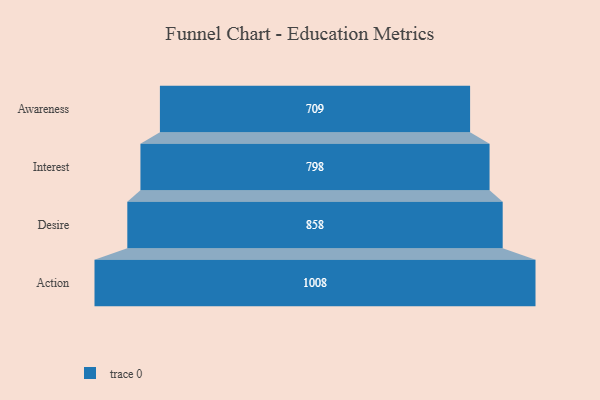
{"axis": {"x": "Stage", "y": "Value"}, "legend": [""], "data": [{"x": "Awareness", "y": 709.0, "type": ""}, {"x": "Interest", "y": 798.0, "type": ""}, {"x": "Desire", "y": 858.0, "type": ""}, {"x": "Action", "y": 1008.0, "type": ""}]}